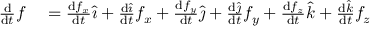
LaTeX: \begin{array} { r l } { { \frac { \mathrm { d } } { \mathrm { d } t } } { \boldsymbol { f } } } & { { } = { \frac { \mathrm { d } f _ { x } } { \mathrm { d } t } } { \hat { \boldsymbol { \imath } } } + { \frac { \mathrm { d } { \hat { \boldsymbol { \imath } } } } { \mathrm { d } t } } f _ { x } + { \frac { \mathrm { d } f _ { y } } { \mathrm { d } t } } { \hat { \boldsymbol { \jmath } } } + { \frac { \mathrm { d } { \hat { \boldsymbol { \jmath } } } } { \mathrm { d } t } } f _ { y } + { \frac { \mathrm { d } f _ { z } } { \mathrm { d } t } } { \hat { \boldsymbol { k } } } + { \frac { \mathrm { d } { \hat { \boldsymbol { k } } } } { \mathrm { d } t } } f _ { z } } \end{array}